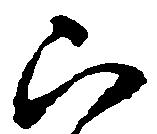
被